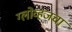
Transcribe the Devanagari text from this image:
ग्लोव्हजचा